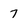
Character: 7